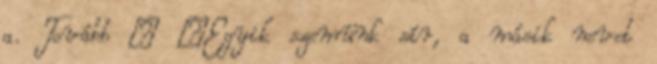
a. Tovább › ›Egyik szemünk sír, a másik nevet